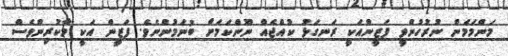
މަންމަމެން ނުރުހުންވީ ފަޒީންއަކީ ރަނގަޅު ކުއްޖެއް ނޫންކަމަށް ބުނަމުންނެވެ. ފަޒީން އަކީ މާކުރިންވެސް